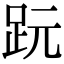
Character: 𧿙